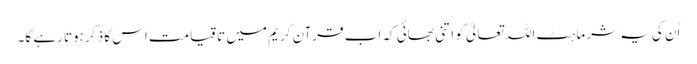
اُن کی یہ شرماہٹ اللہ تعالیٰ کو اتنی بھائی کہ اب قرآن کریم میں تا قیامت اس کا ذکر ہوتا رہے گا۔